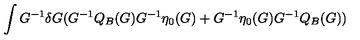
\int G ^ { - 1 } \delta G ( G ^ { - 1 } Q _ { B } ( G ) G ^ { - 1 } \eta _ { 0 } ( G ) + G ^ { - 1 } \eta _ { 0 } ( G ) G ^ { - 1 } Q _ { B } ( G ) )